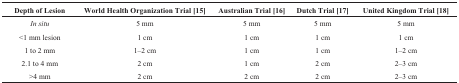
<table><thead><tr><td><b>Depth of Lesion</b></td><td><b>World Health Organization Trial [15]</b></td><td><b>Australian Trial [16]</b></td><td><b>Dutch Trial [17]</b></td><td><b>United Kingdom Trial [18]</b></td></tr></thead><tbody><tr><td><i>In situ</i></td><td>5 mm</td><td>5 mm</td><td>5 mm</td><td>5 mm</td></tr><tr><td>&lt;1 mm lesion</td><td>1 cm</td><td>1 cm</td><td>1 cm</td><td>1 cm</td></tr><tr><td>1 to 2 mm</td><td>1–2 cm</td><td>1 cm</td><td>1 cm</td><td>1–2 cm</td></tr><tr><td>2.1 to 4 mm</td><td>2 cm</td><td>1 cm</td><td>2 cm</td><td>2–3 cm</td></tr><tr><td>&gt;4 mm</td><td>2 cm</td><td>2 cm</td><td>2 cm</td><td>2–3 cm</td></tr></tbody></table>